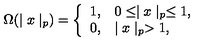
\Omega ( \mid x \mid _ { p } ) = \left\{ \begin{array} { l l } { 1 , } & { 0 \leq \mid x \mid _ { p } \leq 1 , } \\ { 0 , } & { \mid x \mid _ { p } > 1 , } \\ \end{array} \right.